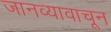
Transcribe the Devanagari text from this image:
जानव्यावाचून